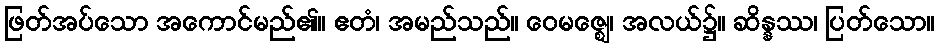
ဖြတ်အပ်သော အကောင်မည်၏။ ဧတံ၊ အမည်သည်။ ဝေမဇ္ဈေ၊ အလယ်၌။ ဆိန္နဿ၊ ပြတ်သော။